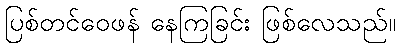
ပြစ်တင်ဝေဖန် နေကြခြင်း ဖြစ်လေသည်။